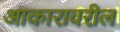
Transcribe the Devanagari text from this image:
आकारावरील